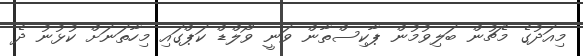
މިއަދުގެ މެޗުން ބަލިވުމުން ޕާކިސްތާން ވަނީ ވޯލްޑް ކަޕްގައި މިހާތަނަށް ކުޅުނު ދެ